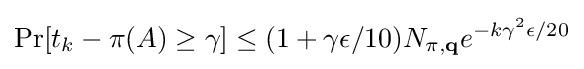
\Pr[t_{k}-\pi (A)\geq \gamma ]\leq (1+\gamma \epsilon /10)N_{\pi ,\mathbf {q} }e^{-k\gamma ^{2}\epsilon /20}